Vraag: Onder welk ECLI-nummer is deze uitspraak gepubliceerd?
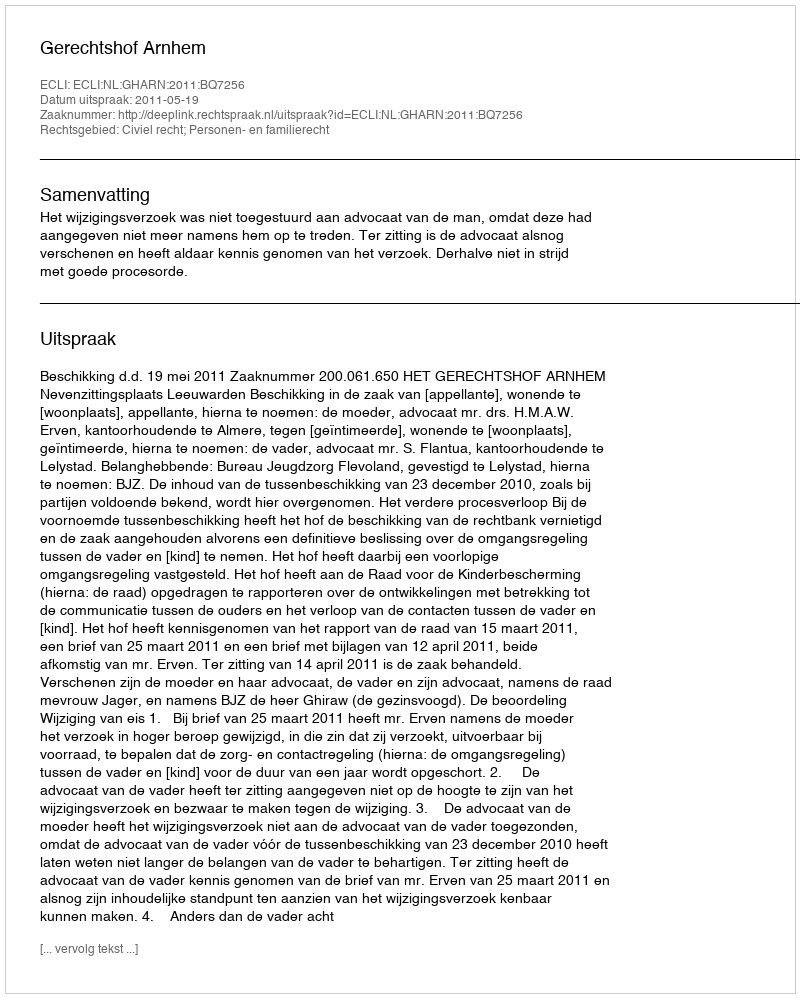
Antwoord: ECLI:NL:GHARN:2011:BQ7256